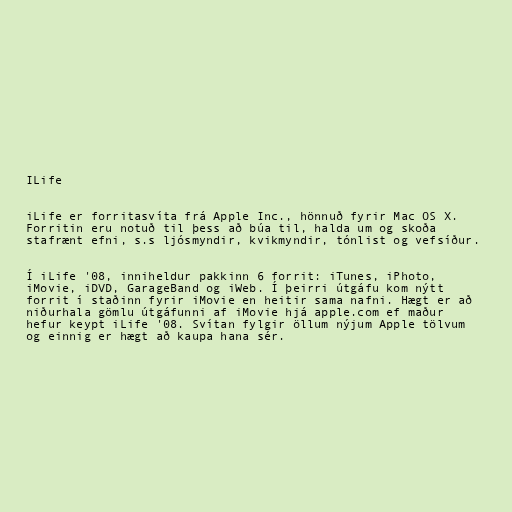
ILife

iLife er forritasvíta frá Apple Inc., hönnuð fyrir Mac OS X.
Forritin eru notuð til þess að búa til, halda um og skoða
stafrænt efni, s.s ljósmyndir, kvikmyndir, tónlist og vefsíður.

Í iLife '08, inniheldur pakkinn 6 forrit: iTunes, iPhoto,
iMovie, iDVD, GarageBand og iWeb. Í þeirri útgáfu kom nýtt
forrit í staðinn fyrir iMovie en heitir sama nafni. Hægt er að
niðurhala gömlu útgáfunni af iMovie hjá apple.com ef maður
hefur keypt iLife '08. Svítan fylgir öllum nýjum Apple tölvum
og einnig er hægt að kaupa hana sér.